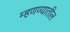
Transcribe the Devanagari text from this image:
म्हणण्यातील